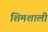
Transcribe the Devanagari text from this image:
शिमशाली